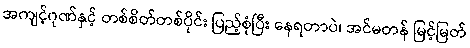
အကျင့်ဂုဏ်နှင့် တစ်စိတ်တစ်ပိုင်း ပြည့်စုံပြီး နေရတာပဲ၊ အင်မတန် မြင့်မြတ်